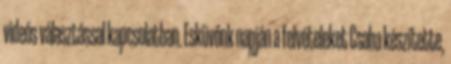
videós választással kapcsolatban. Esküvőnk napján a felvételeket Csaba készítette,